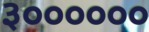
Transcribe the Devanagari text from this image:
३००००००